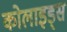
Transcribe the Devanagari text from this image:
कोलाइड्स